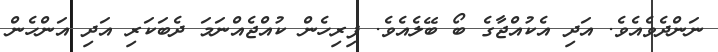
ނަންދެވެއެވެ. އަދި އެކުއްޖާގެ ބޯ ބޭލެއެވެ. ފިރިހެން ކުއްޖެއްނަމަ ދެބަކަރި އަދި އަންހެން